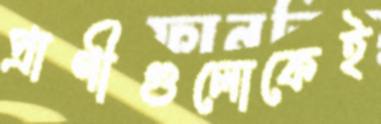
প্রাণীগুলোকেই